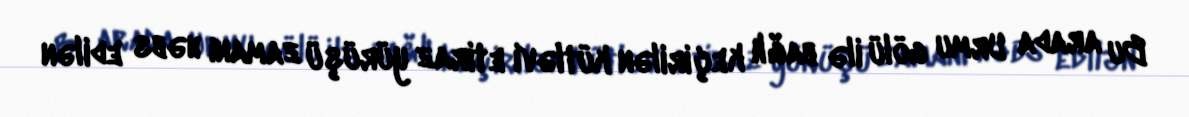
Bu arada Urmu gölü ilə bağlı keçirilən kütləvi etiraz yürüşü zamanı həbs edilən